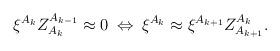
LaTeX: \begin{align*}\xi^{A_{k}}Z^{A_{k-1}}_{A_{k}} \approx 0 \: \Leftrightarrow \:\xi^{A_{k}} \approx\xi^{A_{k+1}}Z^{A_{k}}_{A_{k+1}}.\end{align*}